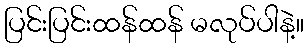
ပြင်းပြင်းထန်ထန် မလုပ်ပါနဲ့။